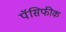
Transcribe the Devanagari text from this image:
पॅसिफीक